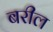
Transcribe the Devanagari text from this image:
बरील